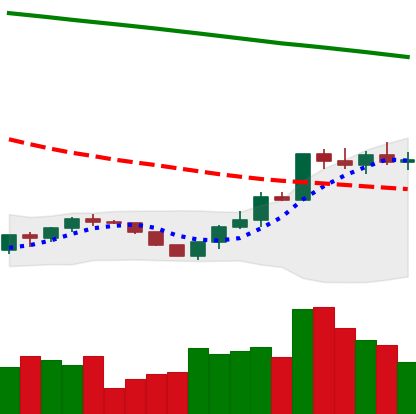
Ticker: ETH-USD
Chart end date: 2022-07-23
Forward return: 11.371%
Label: up_7plus